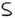
Text: S